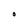
Character: O